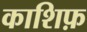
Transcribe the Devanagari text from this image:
काशिफ़